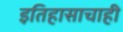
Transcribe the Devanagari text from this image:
इतिहासाचाही